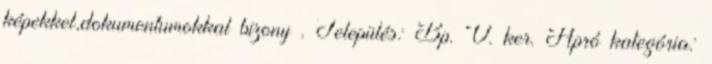
képekkel,dokumentumokkal bizony . Település: Bp. V. ker. Apró kategória: